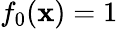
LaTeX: f_{0}(\mathbf{x})=1